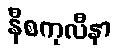
နီစကုလီနာ